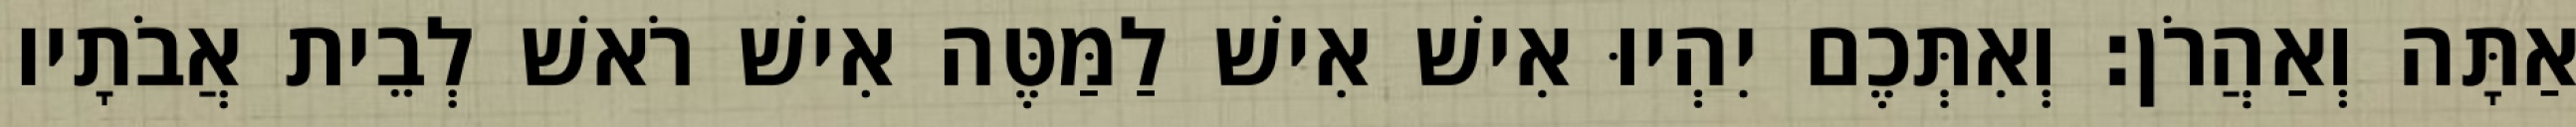
אַתָּה וְאַהֲרֹן׃ וְאִתְּכֶם יִהְיוּ אִישׁ אִישׁ לַמַּטֶּה אִישׁ רֹאשׁ לְבֵית אֲבֹתָיו